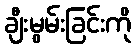
ချီးမွမ်းခြင်းကို